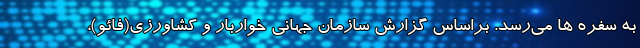
به سفره ها می‌رسد. براساس گزارش سازمان جهانی خواربار و کشاورزی(فائو)،